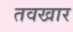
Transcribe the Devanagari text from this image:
तवखार